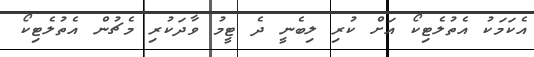
އެކަމަކު އެތުލެޓިކޯ އަށް ކުރި ލިބެނީ ދެ ޓީމު ވާދަކުރި މެޗުން އެތުލެޓިކޯ